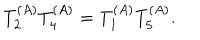
T _ { 2 } ^ { ( A ) } T _ { 4 } ^ { ( A ) } = T _ { 1 } ^ { ( A ) } T _ { 5 } ^ { ( A ) } .